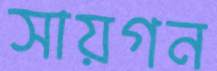
সায়গন